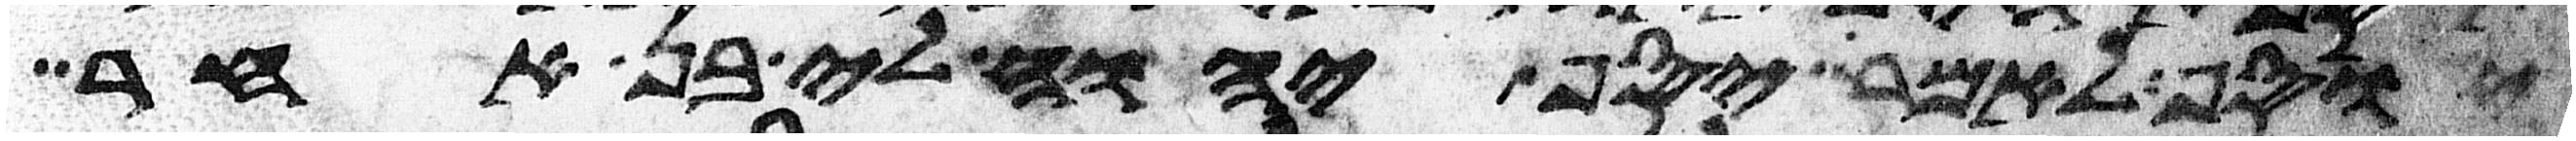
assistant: יוסף לאמר יסף יהוה לי בן אחר